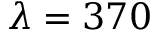
\lambda = 3 7 0